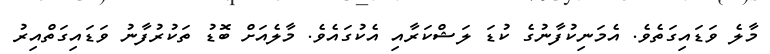
މާލެ ވަޑައިގަތެވެެ. އެމަނިކުފާނުގެ ކުޑަ ލަޝްކަރާއި އެކުގައެވެ. މާލެއަށް ބޮޑު ތަކުރުފާނު ވަޑައިގަތްއިރު